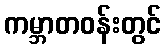
ကမ္ဘာတဝန်းတွင်